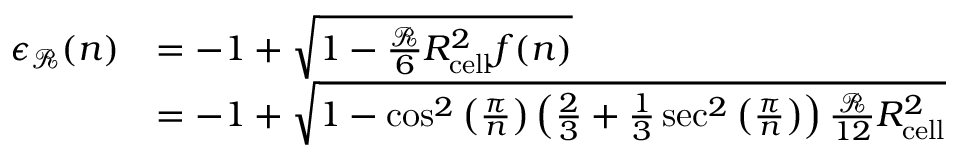
\begin{array} { r l } { \epsilon _ { \mathcal { R } } ( n ) } & { = - 1 + \sqrt { 1 - \frac { \mathcal { R } } { 6 } R _ { \mathrm { c e l l } } ^ { 2 } f ( n ) } } \\ & { = - 1 + \sqrt { 1 - \cos ^ { 2 } \left( \frac { \pi } { n } \right) \left( \frac { 2 } { 3 } + \frac { 1 } { 3 } \sec ^ { 2 } \left( \frac { \pi } { n } \right) \right) \frac { \mathcal { R } } { 1 2 } R _ { \mathrm { c e l l } } ^ { 2 } } } \end{array}